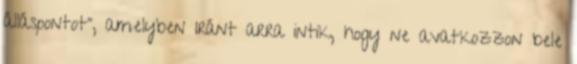
álláspontot", amelyben Iránt arra intik, hogy ne avatkozzon bele